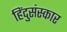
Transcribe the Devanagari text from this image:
हिंदुसंस्कार